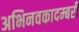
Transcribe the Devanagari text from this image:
अभिनवकादम्बरी